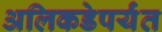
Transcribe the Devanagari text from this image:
अलिकडेपर्यंत